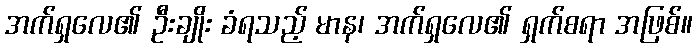
အက်ရှလေ၏ ဦးချိုး ခံရသည့် မာန၊ အက်ရှလေ၏ ရှက်စရာ အဖြစ်။